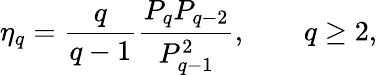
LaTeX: \eta_{q}=\frac{q}{q-1}\frac{P_{q}P_{q-2}}{P_{q-1}^{2}},\qquad q\ge 2,